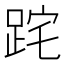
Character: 𨀸